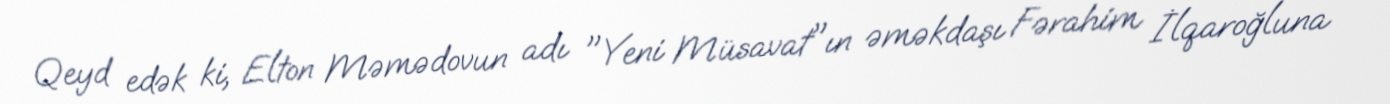
Qeyd edək ki, Elton Məmədovun adı "Yeni Müsavat"ın əməkdaşı Fərahim İlqaroğluna